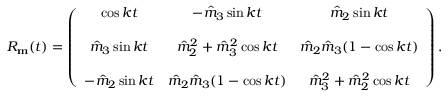
\begin{array} { r } { R _ { \bf m } ( t ) = \left( \begin{array} { c c c } { \cos k t } & { - \hat { m } _ { 3 } \sin k t } & { \hat { m } _ { 2 } \sin k t } \\ { } & { } & { } \\ { \hat { m } _ { 3 } \sin k t } & { \hat { m } _ { 2 } ^ { 2 } + \hat { m } _ { 3 } ^ { 2 } \cos k t } & { \hat { m } _ { 2 } \hat { m } _ { 3 } ( 1 - \cos k t ) } \\ { } & { } & { } \\ { - \hat { m } _ { 2 } \sin k t } & { \hat { m } _ { 2 } \hat { m } _ { 3 } ( 1 - \cos k t ) } & { \hat { m } _ { 3 } ^ { 2 } + \hat { m } _ { 2 } ^ { 2 } \cos k t } \end{array} \right) . } \end{array}